Lunatic asylums Punjab 1868-1880 - 1868-1880
Year: 1868
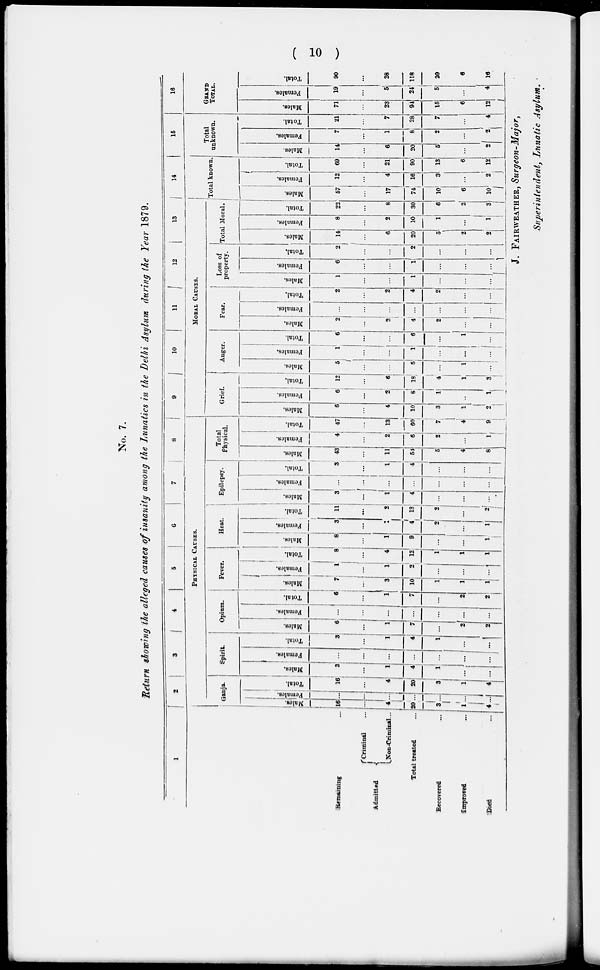
( 10 )
No. 7.
Return showing the alleged causes of insanity among the Lunatics in the Delhi Asylum during the Year 1879.
1
Remaining ...
Admitted
Criminal ...
Non-Criminal...
Total treated ...
Recovered
...
Improved
...
Died ...
2
3
4
5
6
7
8
PHYSICAL CAUSES.
Ganja.
Males.
16
...
1
20
3
1
4
Females.
...
...
...
...
...
...
...
Total.
16
...
4
20
3
1
4
Spirit.
Males.
3
...
1
4
1
...
...
Females.
...
...
...
...
...
...
...
Total.
3
...
1
4
1
...
...
Opium.
Males.
6
...
1
7
...
2
2
Females.
...
...
...
...
...
...
...
Total.
6
...
1
7
...
2
2
Fever.
Males.
7
...
3
10
1
1
1
Females.
1
...
1
2
...
...
...
Total.
8
...
4
12
1
1
1
Heat
Males.
8
...
1
9
...
...
1
Females.
3
...
...
4
2
...
1
Total.
11
...
2
13
2
...
1
Epilepsy.
Males.
3
...
1
4
...
...
...
Females.
...
...
...
...
...
...
...
Total.
3
...
1
4
...
...
...
Total
Physical.
Males.
43
...
11
54
5
4
8
Females.
4
...
2
6
2
...
1
Total.
47
...
13
60
7
4
9
9
10
11
12 13
MORAL CAUSES.
Grief
Males.
6
...
4
10
3
1
2
Females.
6
...
2
8
1
...
1
Total.
12
...
6
18
4
1
3
Anger.
Males.
5
...
5
...
1
...
Females.
1
...
...
1
...
...
...
Total.
6
...
...
6
...
1
...
Fear.
Males.
2
...
2
4
2
...
...
Females.
...
...
...
...
...
...
...
Total,
2
...
2
4
2
...
...
Loss of
property.
Males.
1
...
...
1
...
...
...
Females.
6
...
...
1
...
...
...
Total,
2
...
...
2
...
...
...
Total Moral.
Males.
14
6
20
5
2
2
Females.
8
...
2
10
1
...
1
Total.
22
...
8
30
6
2
3
14
Total known.
Males.
57
...
17
74
10
6
10
Females.
12
...
4
16
3
...
2
Total.
69
...
21
90
13
6
12
15
Total
unknown.
Males.
14
...
6
20
5
...
2
Females.
7
...
1
8
2
...
2
Total.
21
...
7
28
7
...
4
16
GRAND
TOTAL.
Males.
71
...
33
94
15
6
12
Females.
19
...
5
24
5
...
4
Total.
90
...
28
118
20
6
16
J. FAIRWEATHER, Surgeon-Major,
Superintendent, Lunatic Asylum.